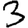
Digit: 3